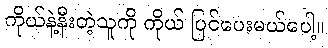
ကိုယ်နဲ့နီးတဲ့သူကို ကိုယ် ပြင်ပေးမယ်ပေါ့။